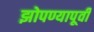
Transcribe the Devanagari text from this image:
झोपण्यापूर्वी